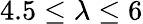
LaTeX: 4.5\leq\lambda\leq 6